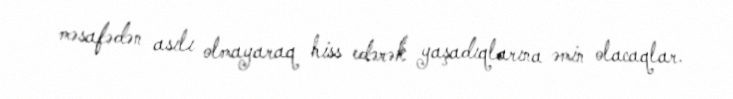
məsafədən asılı olmayaraq hiss edərək yaşadıqlarına əmin olacaqlar.